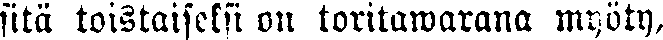
sitä toistaiseksi on toritawarana myöty,